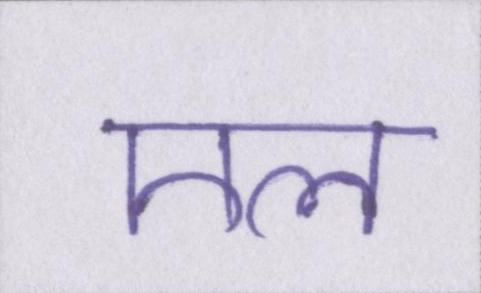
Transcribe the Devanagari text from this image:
एल